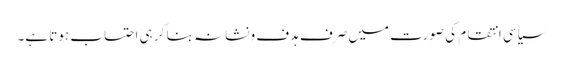
سیاسی انتقام کی صورت میں صرف ہدف و نشانہ بنا کر ہی احتساب ہوتا ہے۔